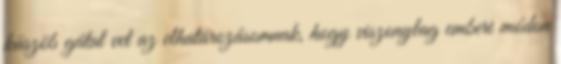
küszöb gátat vet az elhatározásomnak, hogy viszonylag emberi módon